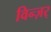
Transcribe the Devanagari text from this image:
विन्ज़र्